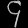
Digit: ၄